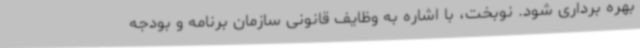
بهره برداری شود. نوبخت، با اشاره به وظایف قانونی سازمان برنامه و بودجه